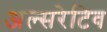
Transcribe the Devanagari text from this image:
अल्सरेटिव